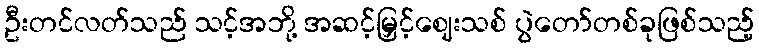
ဦးတင်လတ်သည် သင့်အဘို့ အဆင့်မြှင့်ဈေးသစ် ပွဲတော်တစ်ခုဖြစ်သည့်